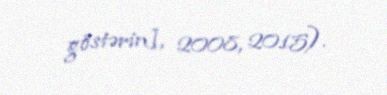
göstərin], 2008, 2015).